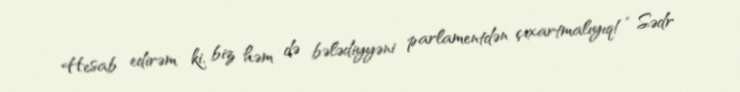
Hesab edirəm ki, biz həm də bələdiyyəni parlamentdən çıxartmalıyıq!” Sədr